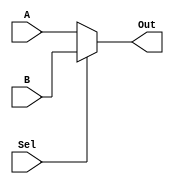
module Multiplixer #(parameter width = 24) (A,B,Sel,Out);
input [width-1:0] A,B;
input Sel;
output [width-1:0] Out;
assign Out=(Sel) ? B : A;

endmodule